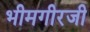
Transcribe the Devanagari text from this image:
भीमगीरजी